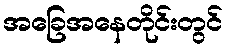
အခြေအနေတိုင်းတွင်